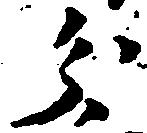
分